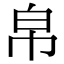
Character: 帛